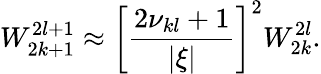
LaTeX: W_{2k+1}^{2l+1}\approx\left[\frac{2\nu_{kl}+1}{|\xi|}\right]^{2}W_{2k}^{2l}.